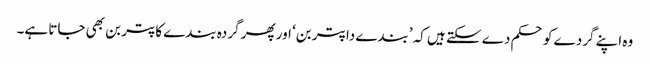
وہ اپنے گردے کو حکم دے سکتے ہیں کہ ’بندے دا پتر بن‘ اور پھر گردہ بندے کا پتر بن بھی جاتا ہے۔